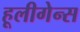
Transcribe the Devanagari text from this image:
हूलीगेन्स